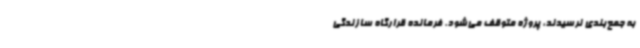
به جمع‌بندی نرسیدند، پروژه متوقف می‌شود. فرمانده قرارگاه سازندگی